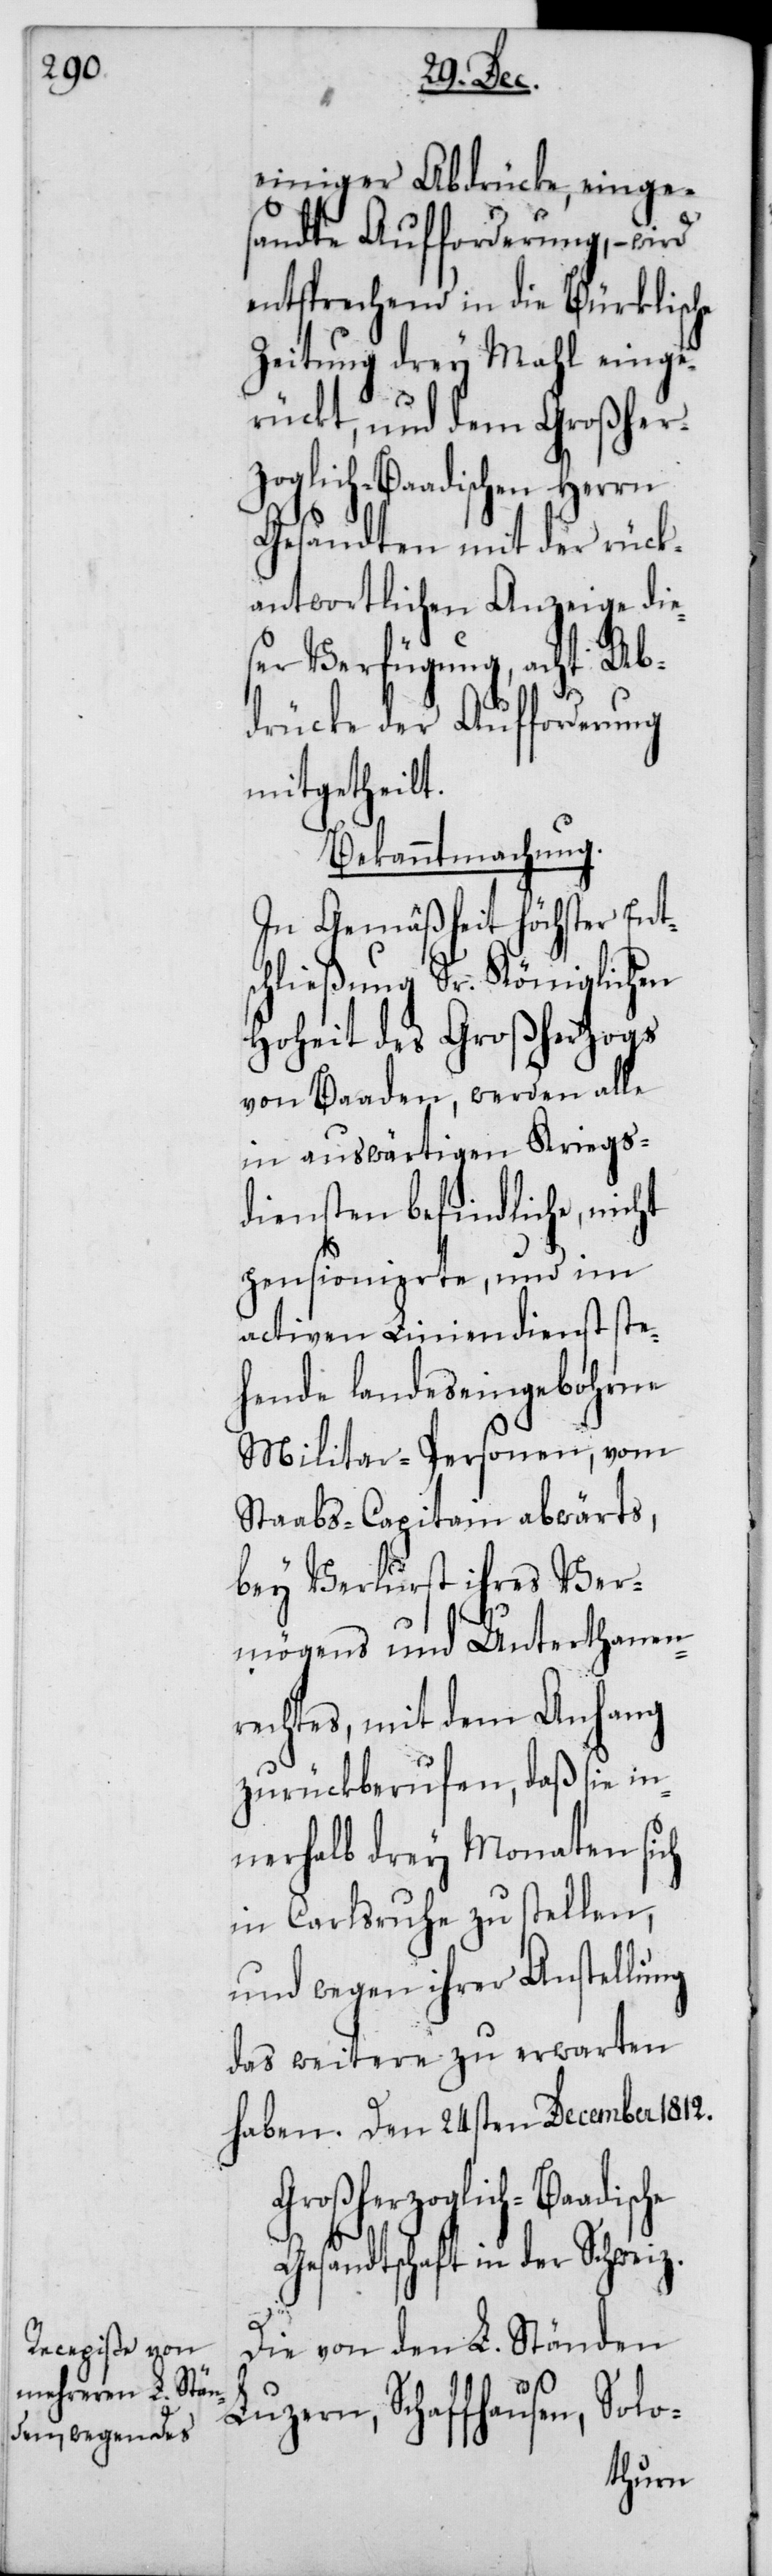
einiger Abdrücke, einge¬
sandte Aufforderung, – wird
entsprechend in die Bürklische
Zeitung drey Mahl einge¬
rückt, und dem Großher¬
zoglich-Baadischen Herrn
Gesandten mit der rück¬
antwortlichen Anzeige die¬
ser Verfügung, acht Ab¬
drücke der Aufforderung
mitgetheilt.
Bekanntmachung.
In Gemäßheit höchster Ent¬
schließung Sr. Königlichen
Hoheit des Großherzogs
von Baaden, werden alle
in auswärtigen Kriegs¬
diensten befindliche, nicht
pensionierte, und im
activen Liniendienst ste¬
hende landeseingebohrne
Militar-Personen, vom
Staabs-Capitain abwärts,
bey Verlust ihres Ver¬
mögens und Unterthanen¬
rechts, mit dem Anhang
zurückberufen, daß sie in¬
nerhalb drey Monaten sich
in Carlsruhe zu stellen,
und wegen ihrer Anstellung
das weitere zu erwarten
haben. Den 24sten December 1812.
Großherzoglich-Baadische
Gesandtschaft in der Schweiz.
Die von den L. Ständen
Luzern, Schaffhausen, Solo-